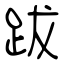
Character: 跋